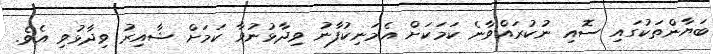
ބަޔާންތަކުގައި ސޮއި ނުކުރައްވާނެ ކަމަކަށް އެމަނިކުފާނު ވިދާޅުނުވާ ކަމަށް ޝާއިރު ވިދާޅުވި އެވެ.